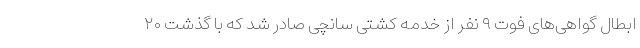
ابطال گواهی‌های فوت ۹ نفر از خدمه کشتی سانچی صادر شد که با گذشت ۲۰